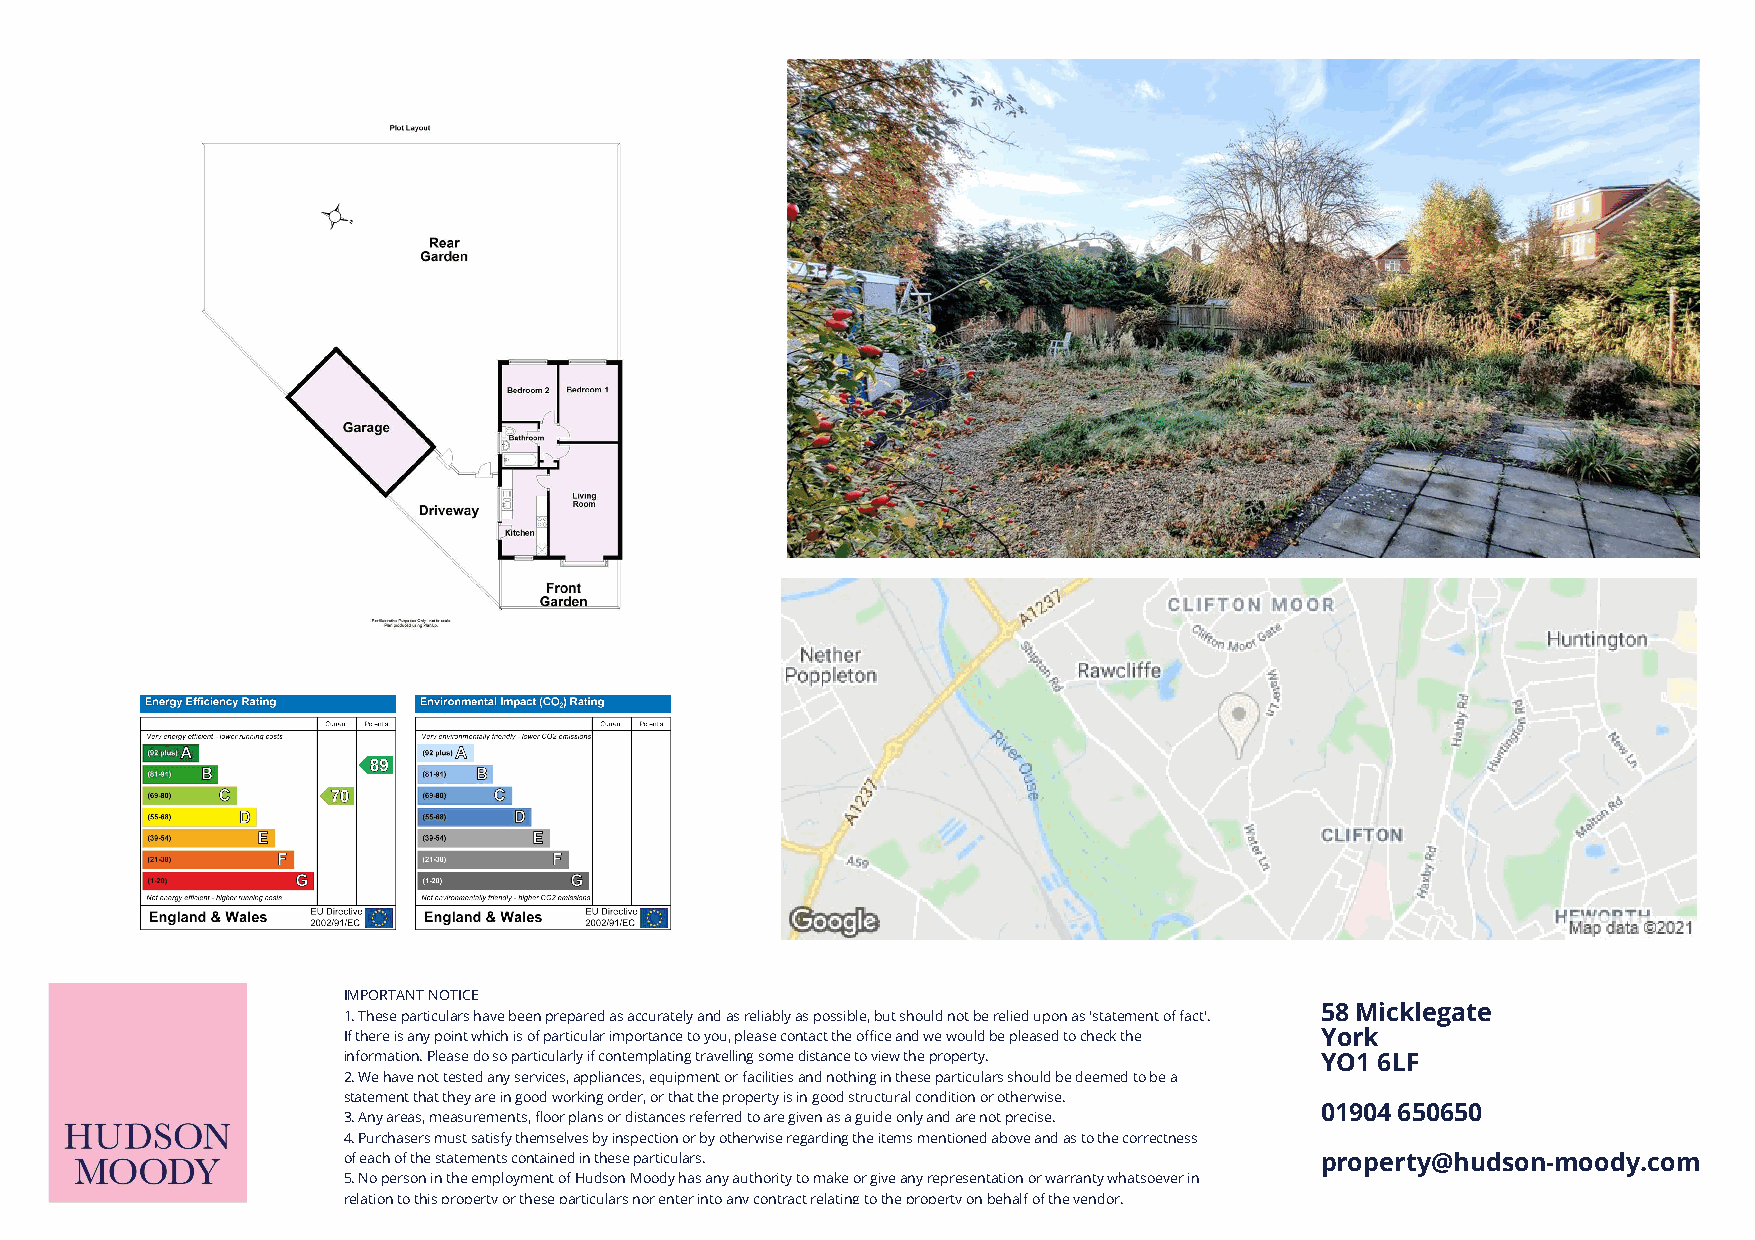
IMPORTANT NOTICE
 58 Micklegate
 1. These particulars have been prepared as accurately and as reliably as possible, but should not be relied upon as 'statement of fact'.
 If there is any point which is of particular importance to you, please contact the office and we would be pleased to check the York
 information. Please do so particularly if contemplating travelling some distance to view the property. YO1 6LF
 2. We have not tested any services, appliances, equipment or facilities and nothing in these particulars should be deemed to be a
 statement that they are in good working order, or that the property is in good structural condition or otherwise.
 01904 650650
 3. Any areas, measurements, floor plans or distances referred to are given as a guide only and are not precise.
 4. Purchasers must satisfy themselves by inspection or by otherwise regarding the items mentioned above and as to the correctness
 of each of the statements contained in these particulars.       property@hudson-moody.com
 5. No person in the employment of Hudson Moody has any authority to make or give any representation or warranty whatsoever in
 relation to this property or these particulars nor enter into any contract relating to the property on behalf of the vendor.